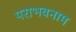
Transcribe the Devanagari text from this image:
पराभवनाम